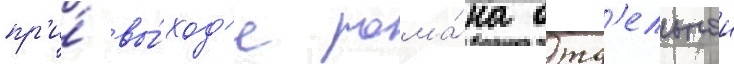
пр'и́ вы́ход'е рома́на отд'ельнои